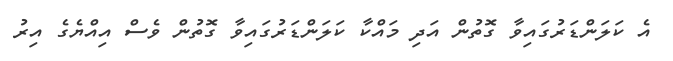
އެ ކަލަންޑަރުގައިވާ ގޮތުން އަދި މައްކާ ކަލަންޑަރުގައިވާ ގޮތުން ވެސް އިއްޔެގެ އިރު